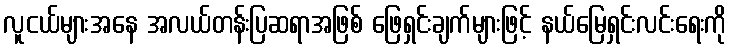
လူငယ်များအနေ အလယ်တန်းပြဆရာအဖြစ် ဖြေရှင်းချက်များဖြင့် နယ်မြေရှင်းလင်းရေးကို